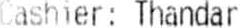
CASHIER: THANDAR